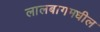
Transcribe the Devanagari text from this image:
लालबागमधील